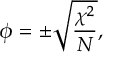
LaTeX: \phi = \pm { \sqrt { \frac { \chi ^ { 2 } } { N } } } ,